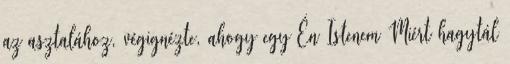
az asztalához, végignézte, ahogy egy Én Istenem Miért hagytál